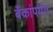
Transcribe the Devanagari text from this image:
बँकांपर्यंत